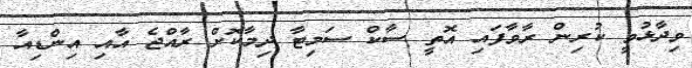
ވިދާޅުވީ ކުރިން ރާވާފައި އޮތީ ސާކް ސަމިޓާ ދިމާކޮށް ރާއްޖެ އާއި އިންޑިއާ